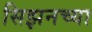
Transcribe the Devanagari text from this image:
सिझनच्या